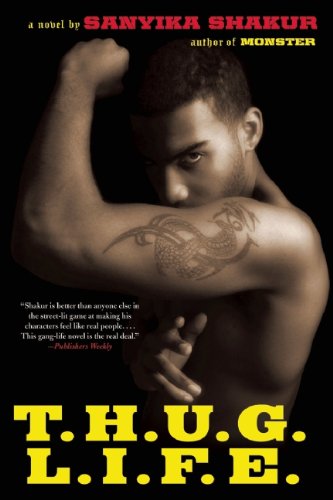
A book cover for T.H.U.G. L.I.F.E.; Sanyika Shakur; Mystery, Thriller & Suspense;